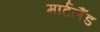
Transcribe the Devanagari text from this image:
मार्टलैंड